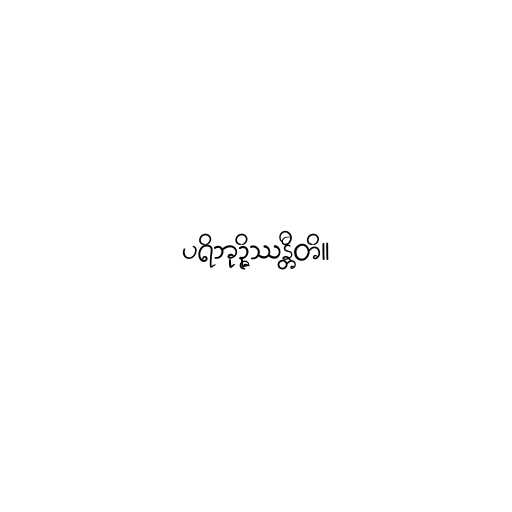
ပရိဘုဉ္ဇိဿန္တီတိ။